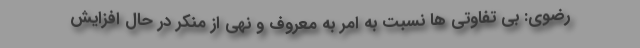
رضوی: بی تفاوتی ها نسبت به امر به معروف و نهی از منکر در حال افزایش